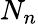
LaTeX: N_{n}